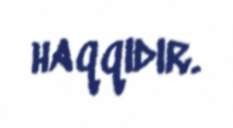
haqqıdır.